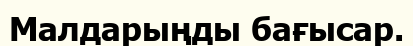
Малдарыңды бағысар.